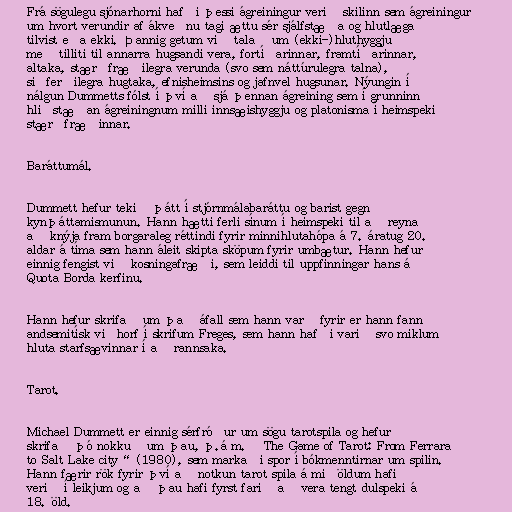
Frá sögulegu sjónarhorni hafði þessi ágreiningur verið skilinn sem ágreiningur
um hvort verundir af ákveðnu tagi ættu sér sjálfstæða og hlutlæga
tilvist eða ekki. Þannig getum við talað um (ekki-)hluthyggju
með tilliti til annarra hugsandi vera, fortíðarinnar, framtíðarinnar,
altaka, stærðfræðilegra verunda (svo sem náttúrulegra talna),
siðferðilegra hugtaka, efnisheimsins og jafnvel hugsunar. Nýungin í
nálgun Dummetts fólst í því að sjá þennan ágreining sem í grunninn
hliðstæðan ágreiningnum milli innsæishyggju og platonisma í heimspeki
stærðfræðinnar.

Baráttumál.

Dummett hefur tekið þátt í stjórnmálabaráttu og barist gegn
kynþáttamismunun. Hann hætti ferli sínum í heimspeki til að reyna
að knýja fram borgaraleg réttindi fyrir minnihlutahópa á 7. áratug 20.
aldar á tíma sem hann áleit skipta sköpum fyrir umbætur. Hann hefur
einnig fengist við kosningafræði, sem leiddi til uppfinningar hans á
Quota Borda kerfinu.

Hann hefur skrifað um það áfall sem hann varð fyrir er hann fann
andsemitísk viðhorf í skrifum Freges, sem hann hafði varið svo miklum
hluta starfsævinnar í að rannsaka.

Tarot.

Michael Dummett er einnig sérfróður um sögu tarotspila og hefur
skrifað þó nokkuð um þau, þ.á m. „The Game of Tarot: From Ferrara
to Salt Lake city“ (1980), sem markaði spor í bókmenntirnar um spilin.
Hann færir rök fyrir því að notkun tarot spila á miðöldum hafi
verið í leikjum og að þau hafi fyrst farið að vera tengt dulspeki á
18. öld.